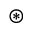
\ensuremath { \circledast }